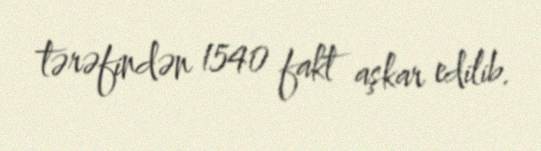
tərəfindən 1540 fakt aşkar edilib.